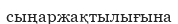
сыңаржақтылығына